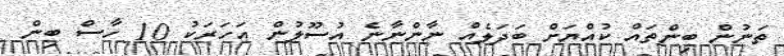
ތަނުން ބިންތައް ކުއްޔަށް ބަދަލެއް ނާންނާނެ އުސޫލުން އަހަރަކު 10 ހާސް ބިން